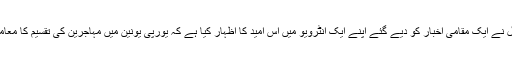
جرمن چانسلر انگیلا میرکل نے ایک مقامی اخبار کو دیے گئے اپنے ایک انٹرویو میں اس امید کا اظہار کیا ہے کہ یورپی یونین میں مہاجرین کی تقسیم کا معاملہ جلد ہی حل ہو جائے گا۔